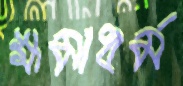
ক্ষমাধর্ম